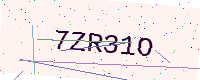
Text: 7ZR31O